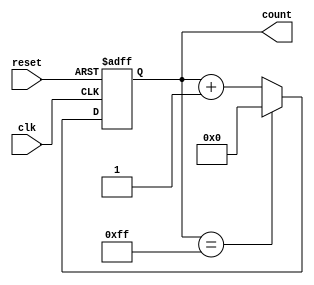
module modulus_counter (
    input clk,
    input reset,
    output reg [7:0] count
);

parameter MOD_VALUE = 255; // maximum count value

always @(posedge clk or posedge reset) begin
    if (reset) begin
        count <= 0;
    end else begin
        if (count == MOD_VALUE) begin
            count <= 0;
        end else begin
            count <= count + 1;
        end
    end
end

endmodule